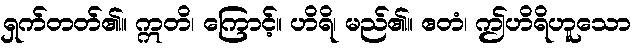
ရှက်တတ်၏။ ဣတိ၊ ကြောင့်။ ဟိရိ၊ မည်၏။ ဧတံ၊ ဤဟိရိဟူသော